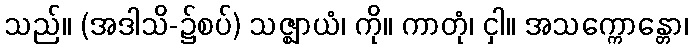
သည်။ (အဒါသိ-၌စပ်) သဇ္ဈာယံ၊ ကို။ ကာတုံ၊ ငှါ။ အသက္ကောန္တော၊